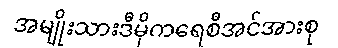
အမျိုးသားဒီမိုကရေစီအင်အားစု